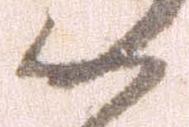
か